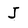
Character: J